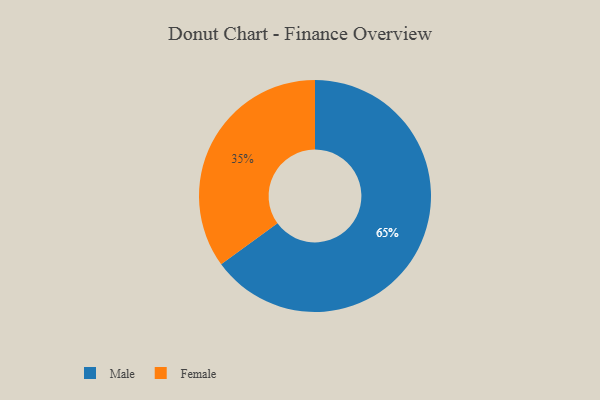
{"axis": {"x": "Category", "y": "Percentage"}, "legend": ["Female", "Male"], "data": [{"x": "Female", "y": 35, "type": "Female"}, {"x": "Male", "y": 65, "type": "Male"}]}